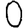
Digit: 0